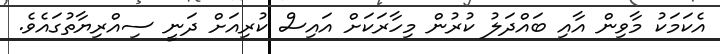
އެކަމަކު މާވިން އާއި ބައްދަލު ކުރުން މިހާރަކަށް އައިސް ކުރިއަށް ދަނީ ސިއްރިޔާތުގައެވެ.